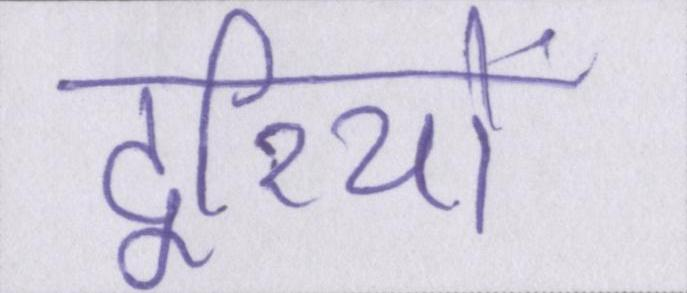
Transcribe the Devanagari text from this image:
दूरियों